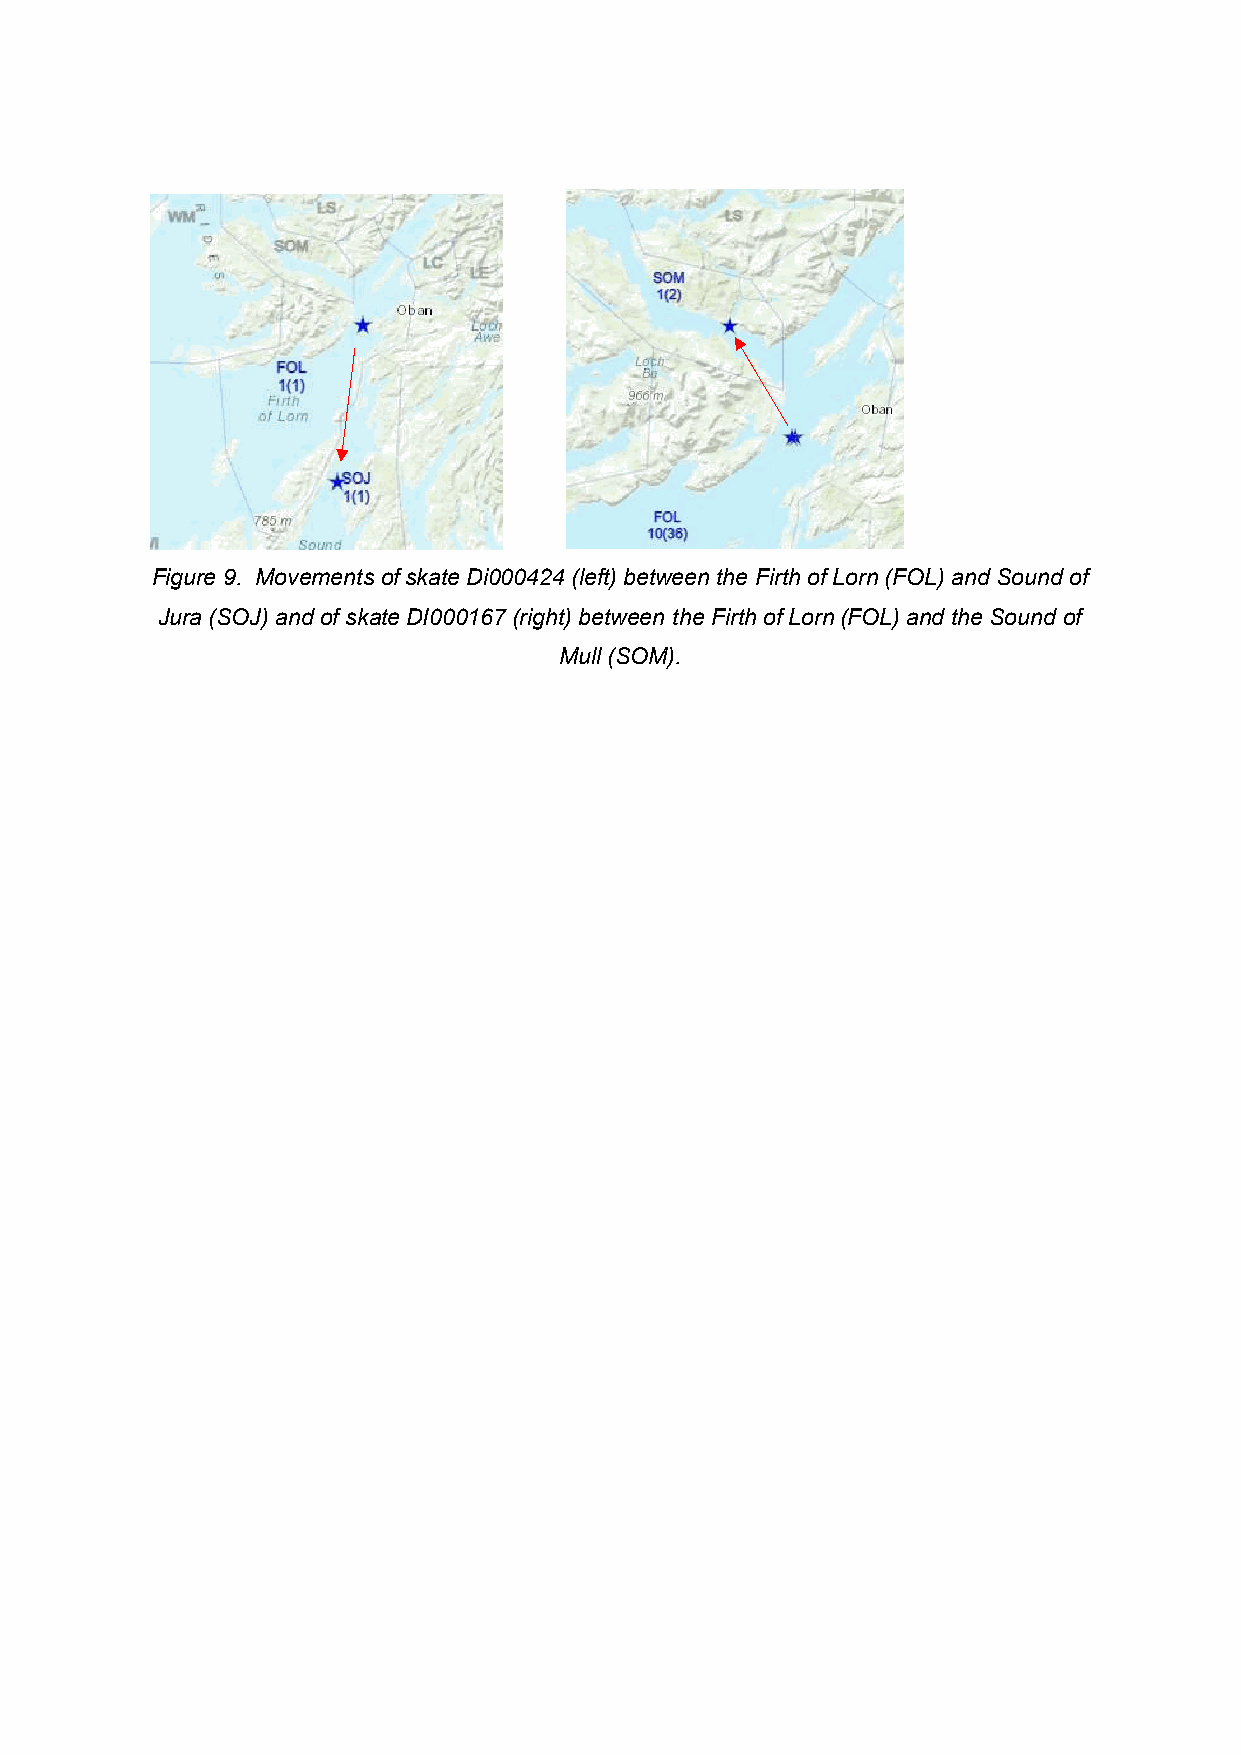
Figure 9. Movements of skate Di000424 (left) between the Firth of Lorn (FOL) and Sound of
 Jura (SOJ) and of skate DI000167 (right) between the Firth of Lorn (FOL) and the Sound of
 Mull (SOM).